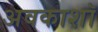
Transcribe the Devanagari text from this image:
अवकाशॉ